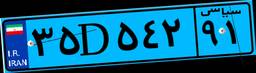
۹۱D۰۳۶۰۸